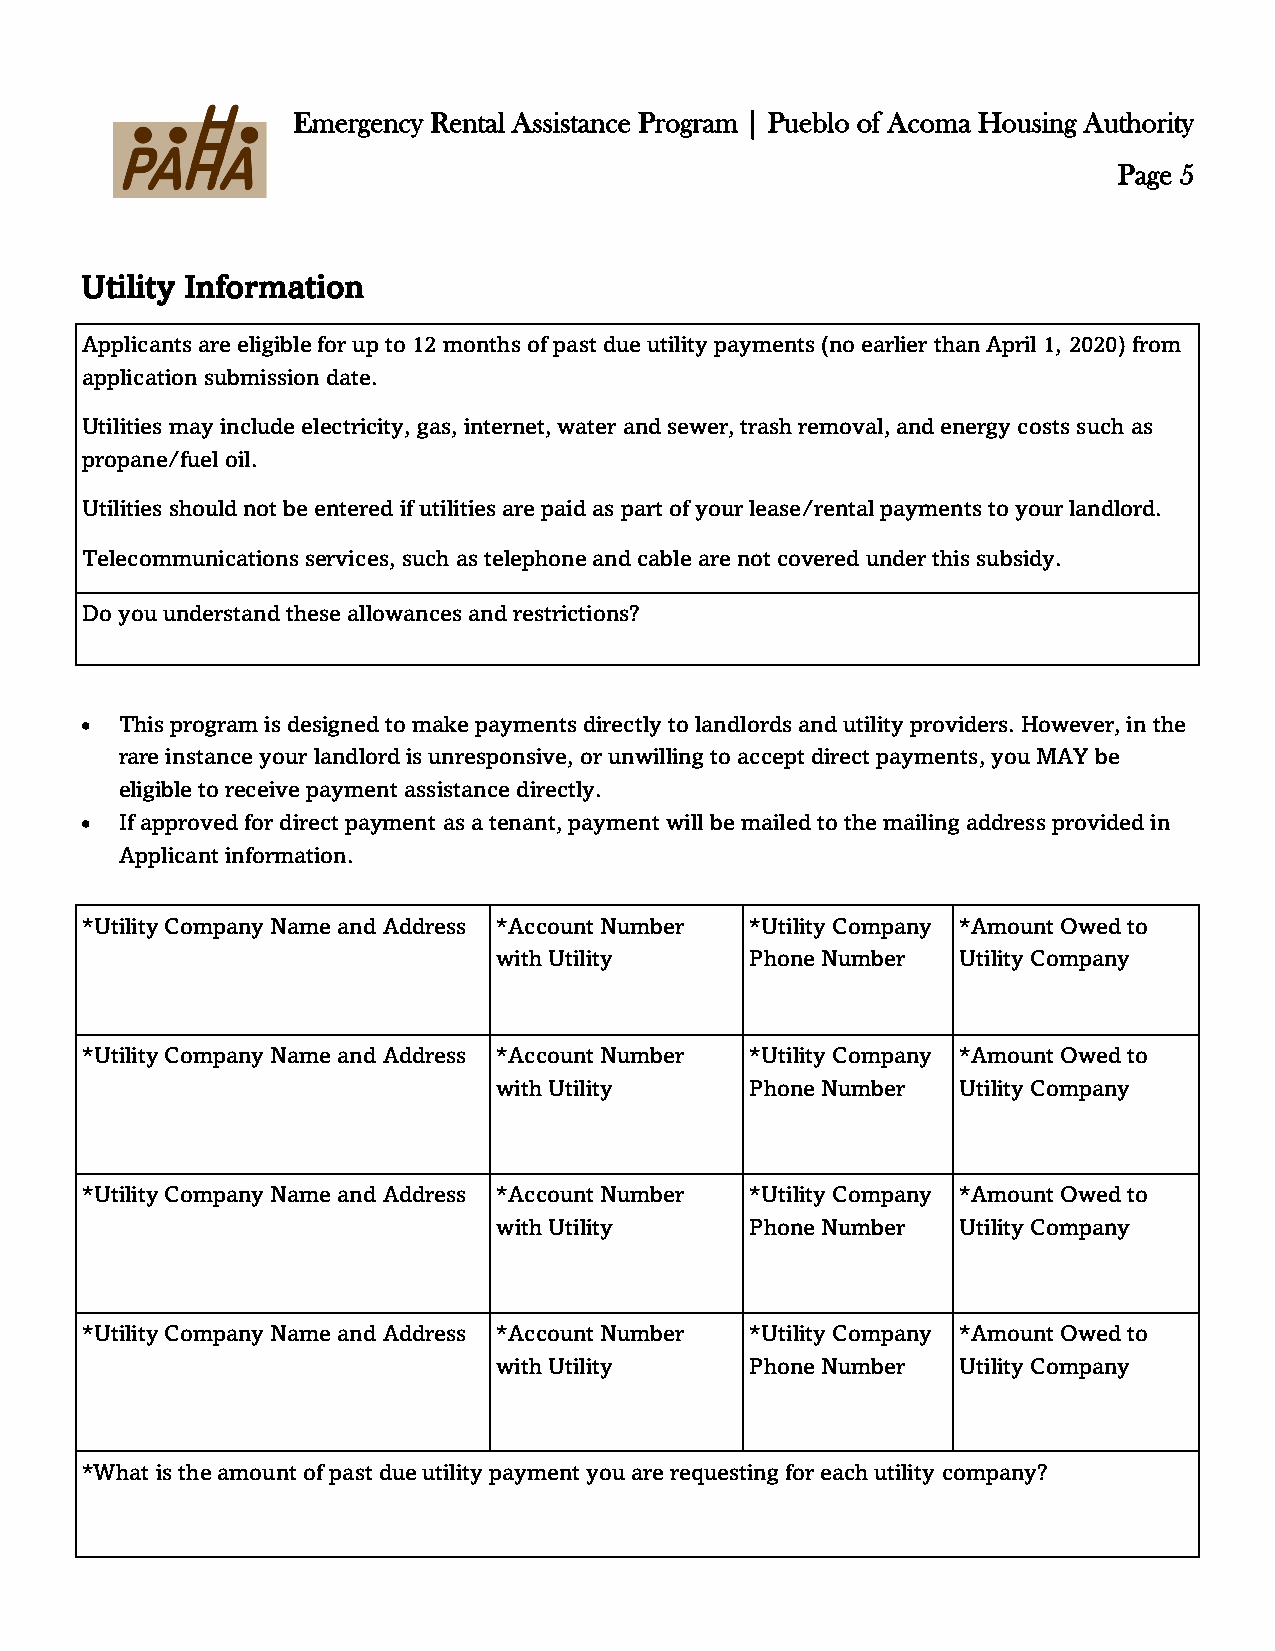
Emergency Rental Assistance Program | Pueblo of Acoma Housing Authority
 Page 5
 Utility Information
 Applicants are eligible for up to 12 months of past due utility payments (no earlier than April 1, 2020) from
 application submission date.
 Utilities may include electricity, gas, internet, water and sewer, trash removal, and energy costs such as
 propane/fuel oil.
 Utilities should not be entered if utilities are paid as part of your lease/rental payments to your landlord.
 Telecommunications services, such as telephone and cable are not covered under this subsidy.
 Do you understand these allowances and restrictions?
 •  This program is designed to make payments directly to landlords and utility providers. However, in the
 rare instance your landlord is unresponsive, or unwilling to accept direct payments, you MAY be
 eligible to receive payment assistance directly.
 •  If approved for direct payment as a tenant, payment will be mailed to the mailing address provided in
 Applicant information.
 *Utility Company Name and Address *Account Number *Utility Company *Amount Owed to
 with Utility     Phone Number  Utility Company
 *Utility Company Name and Address *Account Number *Utility Company *Amount Owed to
 with Utility     Phone Number  Utility Company
 *Utility Company Name and Address *Account Number *Utility Company *Amount Owed to
 with Utility     Phone Number  Utility Company
 *Utility Company Name and Address *Account Number *Utility Company *Amount Owed to
 with Utility     Phone Number  Utility Company
 *What is the amount of past due utility payment you are requesting for each utility company?